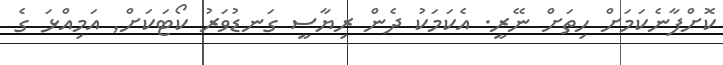
ކޮށްފާނެކަމަށް ހިތަށް ނޭރީ. އެކަމަކު ދެން ރިޔާސީ ގަނޑުވަރު ކޯޓަކަށް